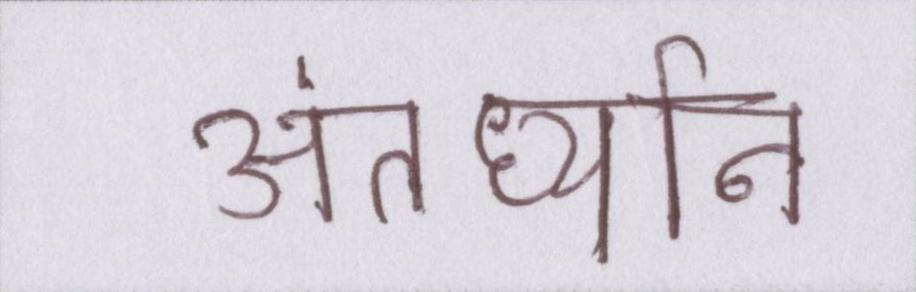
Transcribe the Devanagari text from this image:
अंतर्ध्यान